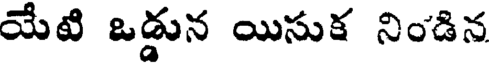
యేటి ఒడ్డున యిసుక నిండిన